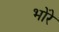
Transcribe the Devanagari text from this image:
भोंरे